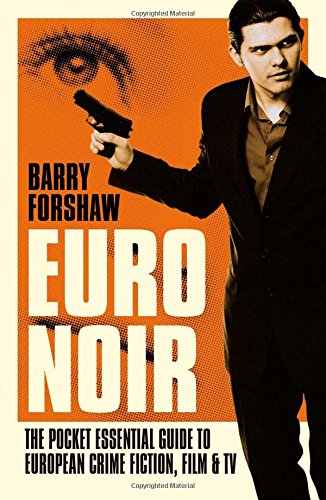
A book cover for Euro Noir: The Pocket Essential Guide to European Crime Fiction, Film and TV (Pocket Essential series); Barry Forshaw; Mystery, Thriller & Suspense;